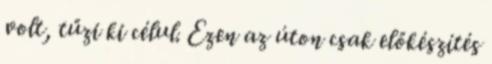
volt, tűzi ki célul. Ezen az úton csak előkészítés